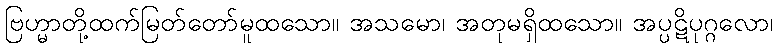
ဗြဟ္မာတို့ထက်မြတ်တော်မူထသော။ အသမော၊ အတုမရှိထသော။ အပ္ပဋိပုဂ္ဂလော၊